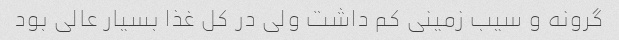
گرونه و سیب زمینی کم داشت ولی در کل غذا بسیار عالی بود